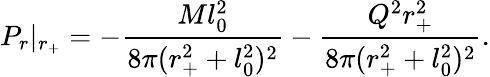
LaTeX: P_{r}|_{r_{+}}=-\frac{Ml_{0}^{2}}{8\pi(r_{+}^{2}+l_{0}^{2})^{2}}-\frac{Q^{2}r_{+}^{2}}{8\pi(r_{+}^{2}+l_{0}^{2})^{2}}.